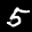
Label: 5